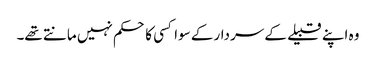
وہ اپنے قبیلے کے سردار کے سوا کسی کا حکم نہیں مانتے تھے۔